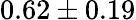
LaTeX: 0.62\pm 0.19